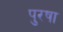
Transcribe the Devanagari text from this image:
पुरषा